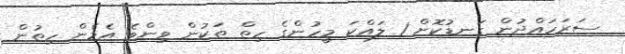
ސަރަހައްދުން ގަނޑުކޮށް 1 ލައްކަ މީހުންގެ ހިތް ތަކުން ވިންވެ އެމެން ހިތުން